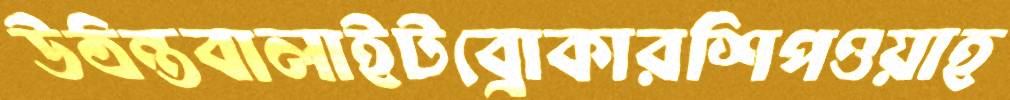
উঠন্তবালাইটব্রোকারশিপওয়াহ